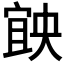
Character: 𡩶